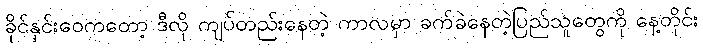
ခိုင်နှင်းဝေကတော့ ဒီလို ကျပ်တည်းနေတဲ့ ကာလမှာ ခက်ခဲနေတဲ့ပြည်သူတွေကို နေ့တိုင်း